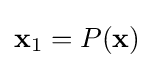
\mathbf {x} _{1}=P(\mathbf {x} )